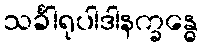
သင်္ခါရုပါဒါနက္ခန္ဓေ